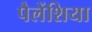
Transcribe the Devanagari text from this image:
पैलेंशिया